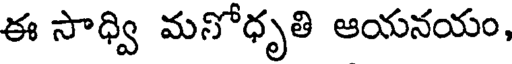
ఈ సాధ్వి మనోధృతి ఆయనయం,